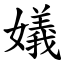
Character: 嬟